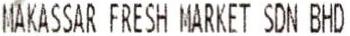
MAKASSAR FRESH MARKET SDN BHD